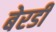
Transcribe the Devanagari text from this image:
बेरडी